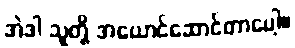
အဲဒါ သူတို့ အယောင်ဆောင်တာပေါ့။